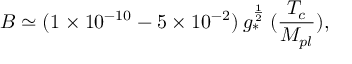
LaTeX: B \simeq ( 1 \times 1 0 ^ { - 1 0 } - 5 \times 1 0 ^ { - 2 } ) \: g _ { * } ^ { \frac { 1 } { 2 } } \: ( { \frac { T _ { c } } { M _ { p l } } } ) ,